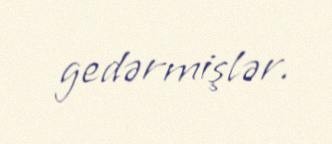
gedərmişlər.